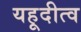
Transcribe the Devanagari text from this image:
यहूदीत्व